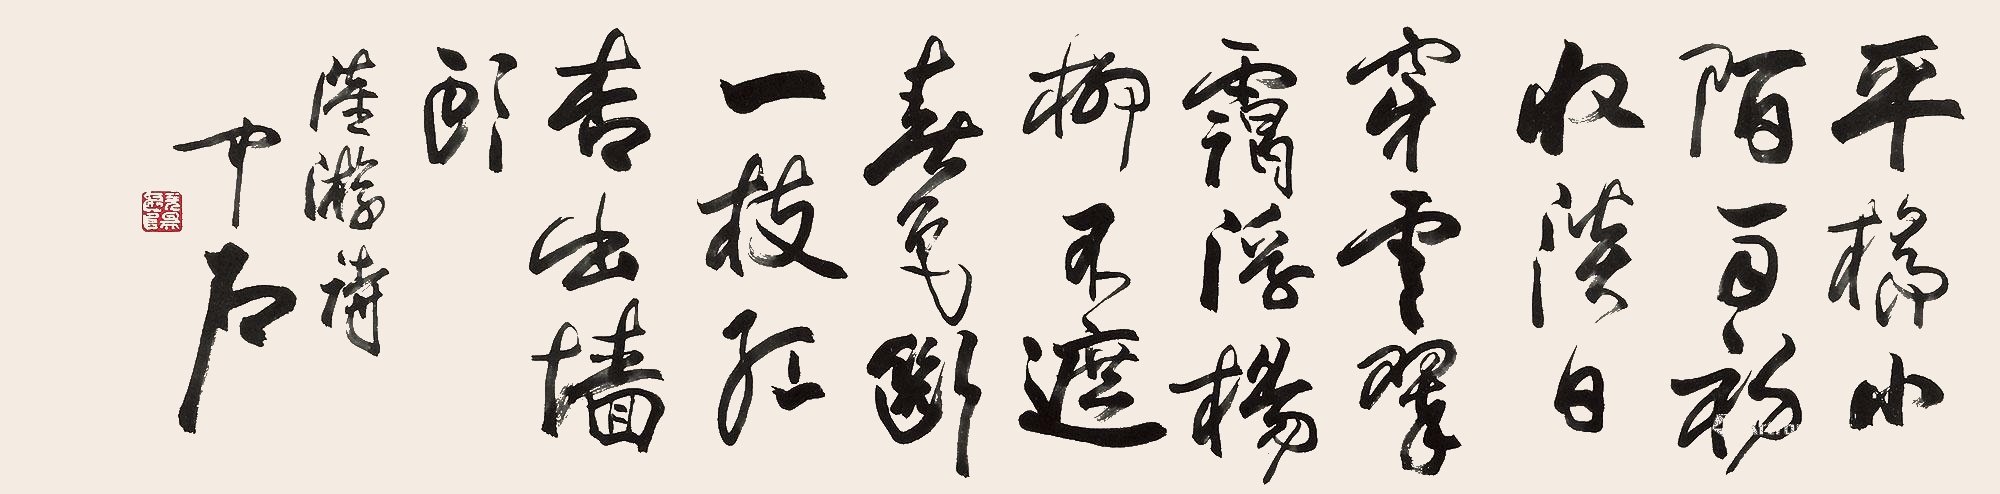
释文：平桥小陌雨初收，淡日穿云翠霭浮。杨柳不遮春色断，一枝红杏出墙头。陆游诗，中石。